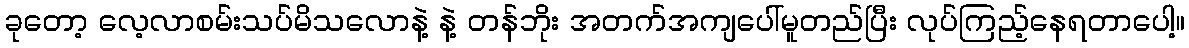
ခုတော့ လေ့လာစမ်းသပ်မိသလောနဲ့ နဲ့ တန်ဘိုး အတက်အကျပေါ်မူတည်ပြီး လုပ်ကြည့်နေရတာပေါ့။